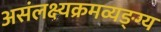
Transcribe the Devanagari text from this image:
असंलक्ष्यक्रमव्यङ्ग्य